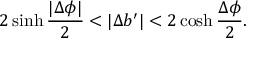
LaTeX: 2 \sinh { \frac { | \Delta \phi | } { 2 } } < | \Delta b ^ { \prime } | < 2 \cosh { \frac { \Delta \phi } { 2 } } .